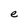
Character: e